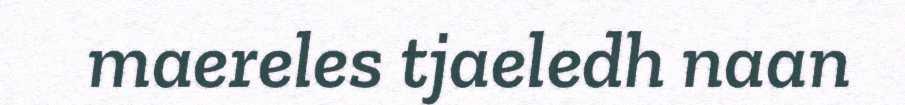
maereles tjaeledh naan